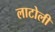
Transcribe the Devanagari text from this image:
लाटोली